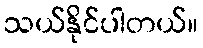
သယ်နိုင်ပါတယ်။